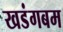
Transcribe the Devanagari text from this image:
खडंगबम